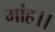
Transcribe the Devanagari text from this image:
मांह।।